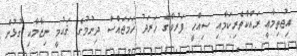
އިޖުތިމާޢީ ރައްކާތެރިކަމާއި ސިއްޙީ ފަރުވާގެ ޚަރަދު ހަމަޖައްސާ ދިނުމުގެ ޤައުމީ ނިޒާމާއި ގުޅުން